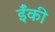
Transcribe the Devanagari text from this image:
ईँकी